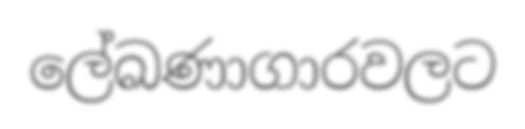
ලේඛණාගාරවලට